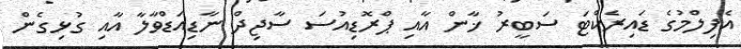
އެފިލްމުގެ ޑައިރެކްޓަ ސަބީރު ޚާން އާއި ޕްރޮޑިއުސަ ސާޖިދް ނާޑިއަޑްވާލާ އާއި ގުޅިގެން